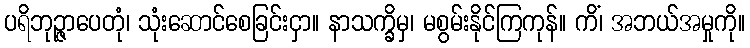
ပရိဘုဉ္ဇာပေတုံ၊ သုံးဆောင်စေခြင်းငှာ။ နာသက္ခိမှ၊ မစွမ်းနိုင်ကြကုန်။ ကိံ၊ အဘယ်အမှုကို။